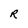
Character: r